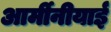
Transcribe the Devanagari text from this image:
आर्मीनीयाई